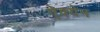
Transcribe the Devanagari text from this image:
ऐक्येन